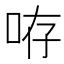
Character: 𠱜